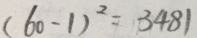
( 6 0 - 1 ) ^ { 2 } = 3 4 8 1